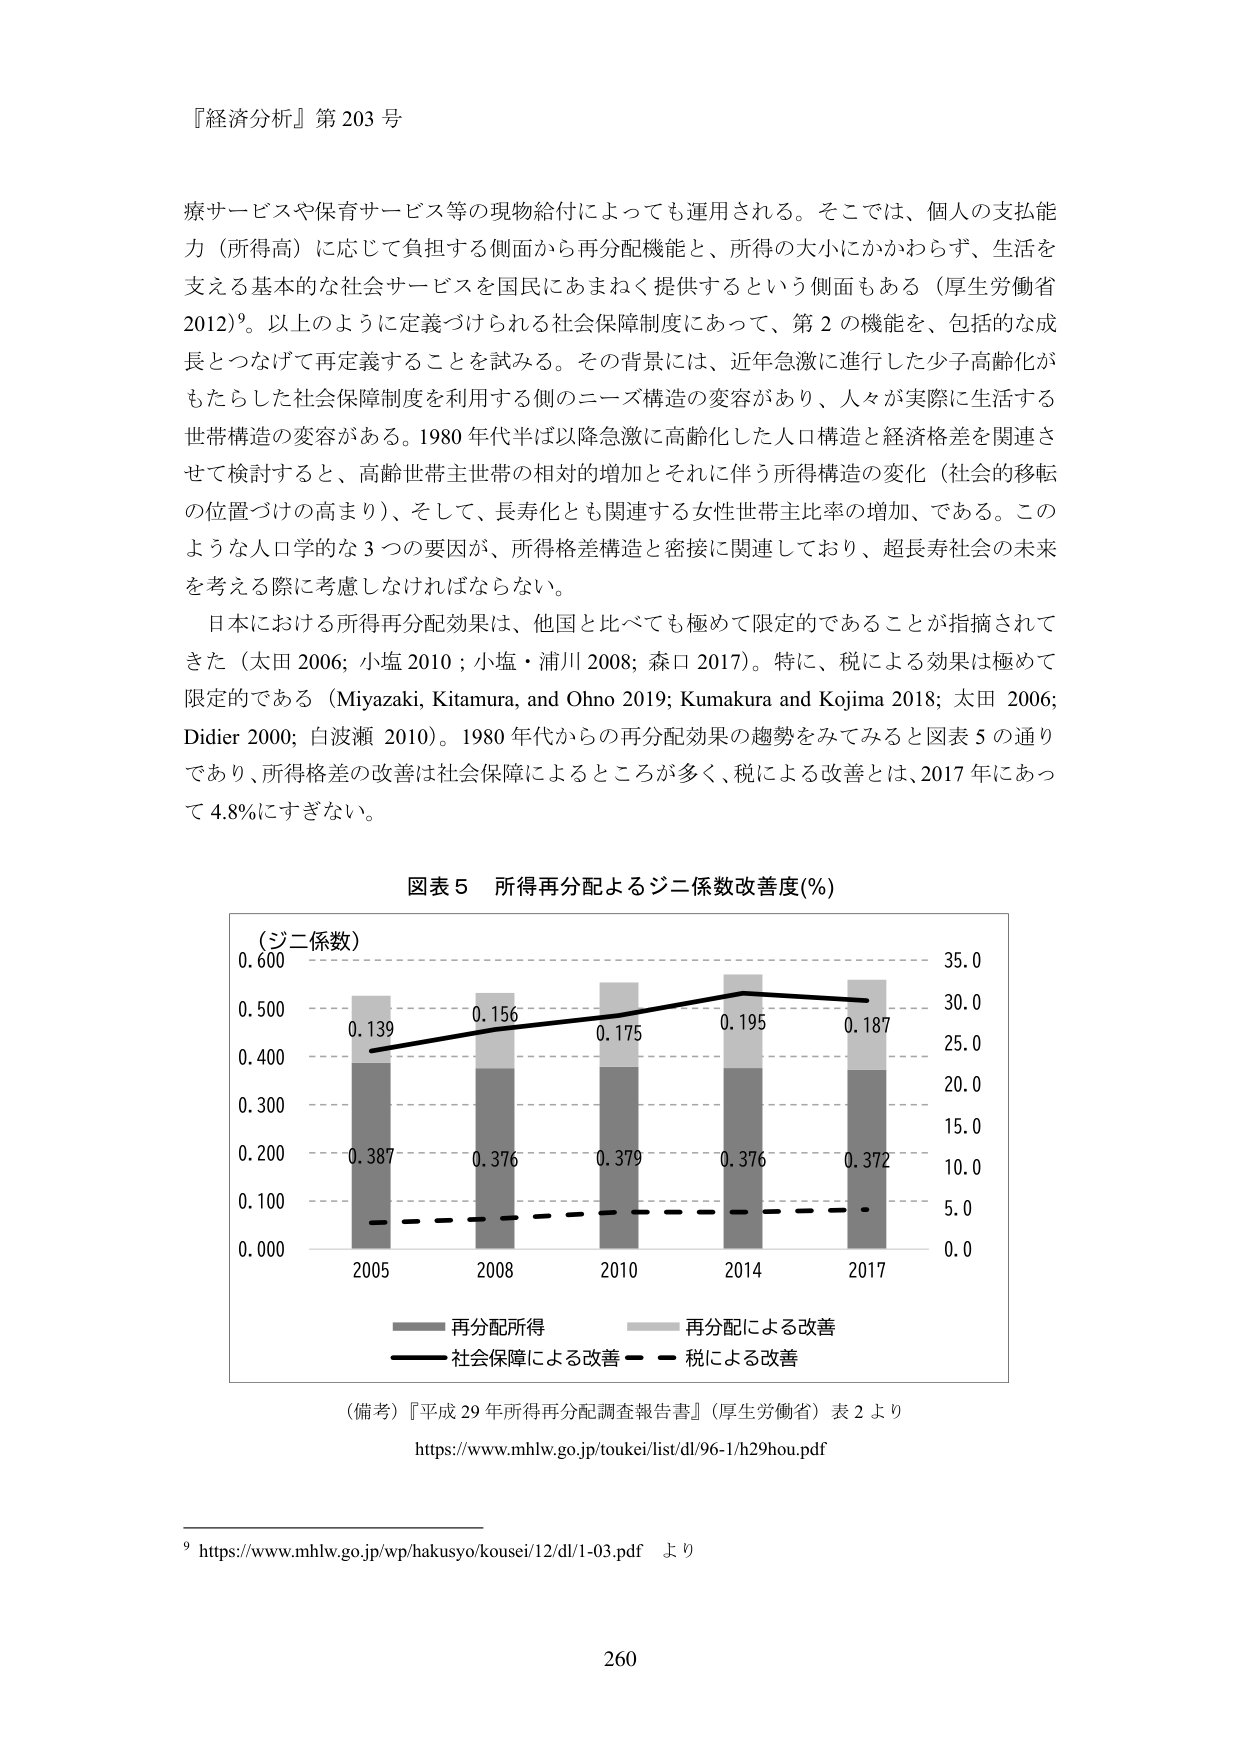
『経済分析』第 203 号

療サービスや保育サービス等の現物給付によっても運用される。そこでは、個人の支払能力（所得高）に応じて負担する側面から再分配機能と、所得の大小にかかわらず、生活を支える基本的な社会サービスを国民にあまねく提供するという側面もある（厚生労働省 2012）⁹。以上のように定義づけられる社会保障制度にあって、第 2 の機能を、包括的な成長とつなげて再定義することを試みる。その背景には、近年急激に進行した少子高齢化がもたらした社会保障制度を利用する側のニーズ構造の変容があり、人々が実際に生活する世帯構造の変容がある。1980 年代半ば以降急激に高齢化した人口構造と経済格差を関連させて検討すると、高齢世帯主世帯の相対的増加とそれに伴う所得構造の変化（社会的移転の位置づけの高まり）、そして、長寿化とも関連する女性世帯主比率の増加、である。このような人口学的な 3 つの要因が、所得格差構造と密接に関連しており、超長寿社会の未来を考える際に考慮しなければならない。

日本における所得再分配効果は、他国と比べても極めて限定的であることが指摘されてきた（太田 2006; 小塩 2010; 小塩・浦川 2008; 森口 2017）。特に、税による効果は極めて限定的である（Miyazaki, Kitamura, and Ohno 2019; Kumakura and Kojima 2018; 太田 2006; Didier 2000; 白波瀬 2010）。1980 年代からの再分配効果の趨勢をみてみると図表 5 の通りであり、所得格差の改善は社会保障によるところが多く、税による改善とは、2017 年にあって 4.8%にすぎない。

図表 5 所得再分配によるジニ係数改善度(%)

（ジニ係数）
0.600
0.500
0.400
0.300
0.200
0.100
0.000

2005
0.139
0.387

2008
0.156
0.376

2010
0.175
0.379

2014
0.195
0.376

2017
0.187
0.372

35.0
30.0
25.0
20.0
15.0
10.0
5.0
0.0

―― 再分配所得
―― 再分配による改善
―― 社会保障による改善
―― 税による改善

（備考）『平成 29 年所得再分配調査報告書』（厚生労働省）表 2 より
https://www.mhlw.go.jp/toukei/list/dl/96-1/h29hou.pdf

⁹ https://www.mhlw.go.jp/wp/hakusyo/kousei/12/dl/1-03.pdf より

260